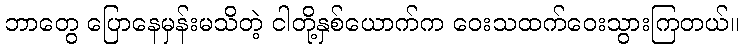
ဘာတွေ ပြောနေမှန်းမသိတဲ့ ငါတို့နှစ်ယောက်က ဝေးသထက်ဝေးသွားကြတယ်။